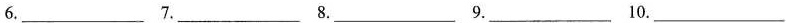
6.___ 7.___ 8.___ 9.___ 10.___